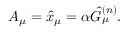
A _ { \mu } = \hat { x } _ { \mu } = \alpha \hat { G } _ { \mu } ^ { ( n ) } .